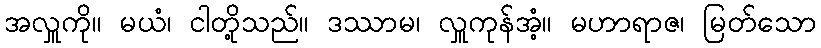
အလှူကို။ မယံ၊ ငါတို့သည်။ ဒဿာမ၊ လှူကုန်အံ့။ မဟာရာဇ၊ မြတ်သော